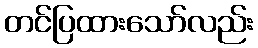
တင်ပြထားသော်လည်း